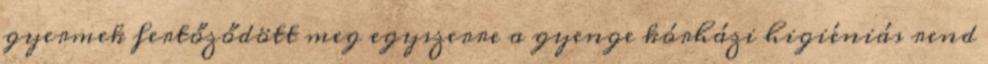
gyermek fertőződött meg egyszerre a gyenge kórházi higiéniás rend